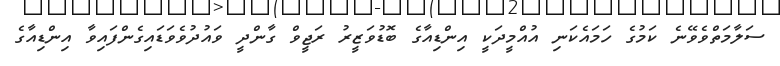
ސަލާމަތްވެވޭނެ ކަމުގެ ހަމައެކަނި އުއްމީދަކީ އިންޑިއާގެ ބޮޑުވަޒީރު ރަޖީވް ގާންދީ ވައުދުވެވަޑައިގެންފައިވާ އިންޑިއާގެ